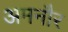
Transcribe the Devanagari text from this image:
अमनौर